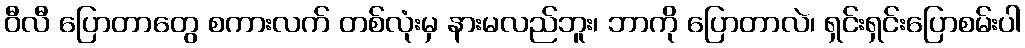
ဝီလီ ပြောတာတွေ စကားလက် တစ်လုံးမှ နားမလည်ဘူး၊ ဘာကို ပြောတာလဲ၊ ရှင်းရှင်းပြောစမ်းပါ